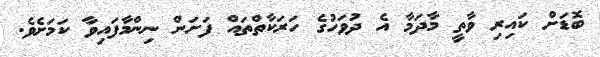
ބޮޑަށް ކައިރި ވާތީ މާދަމާ އެ ދުވަހުގެ ހަރަކާތްތައް ފަށަން ނިންމާފައިވާ ކަމަށެވެ.